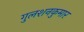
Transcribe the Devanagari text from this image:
गुलशनकुमार